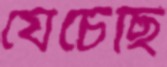
যেচেছি